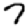
Digit: 7